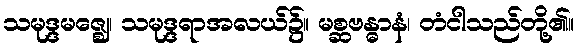
သမုဒ္ဒမဇ္ဈေ၊ သမုဒ္ဒရာအလယ်၌။ မစ္ဆဗန္ဓာနံ၊ တံငါသည်တို့၏။